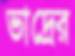
ভাদ্রের